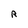
Character: R